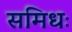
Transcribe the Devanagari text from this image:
समिधः